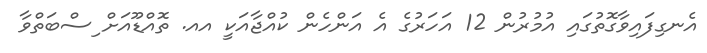
އެނގިފައިވާގޮތުގައި އުމުރުން 12 އަހަރުގެ އެ އަންހެން ކުއްޖާއަކީ އއ. ތޮއްޑޫއަށް ިސްބަތްވާ